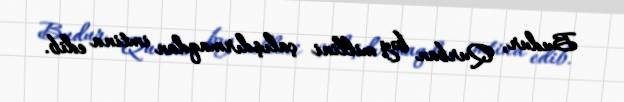
Budur, Qurban bəy millini çalışdırmaqdan imtina edib.